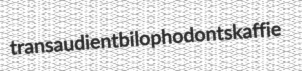
transaudient bilophodont skaffie